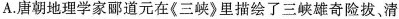
A.唐朝地理学家郦道元在《三峡》里描绘了三峡雄奇险拔，清